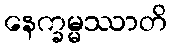
နေက္ခမ္မဿာတိ